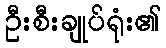
ဦးစီးချုပ်ရုံး၏